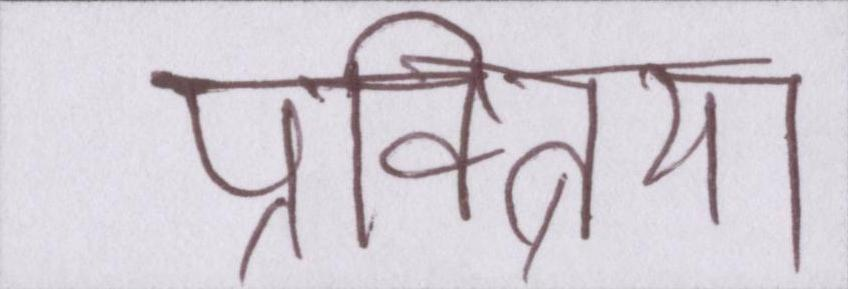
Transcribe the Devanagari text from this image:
प्रक्त्रिया